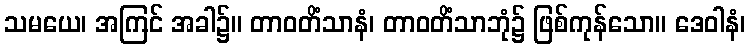
သမယေ၊ အကြင် အခါ၌။ တာဝတိံသာနံ၊ တာဝတိံသာဘုံ၌ ဖြစ်ကုန်သော။ ဒေဝါနံ၊